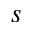
s